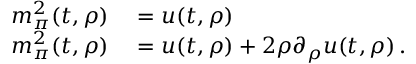
\begin{array} { r l } { m _ { \pi } ^ { 2 } ( t , \rho ) } & { { } = u ( t , \rho ) } \\ { m _ { \pi } ^ { 2 } ( t , \rho ) } & { { } = u ( t , \rho ) + 2 \rho \partial _ { \rho } u ( t , \rho ) \, . } \end{array}